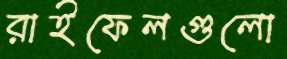
রাইফেলগুলো